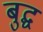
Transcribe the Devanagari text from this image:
बुद्घ